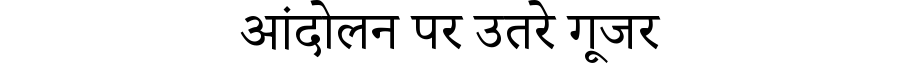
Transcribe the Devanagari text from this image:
आंदोलन पर उतरे गूजर